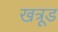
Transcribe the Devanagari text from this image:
खत्रूड